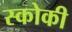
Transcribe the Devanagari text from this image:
स्‍कोकी